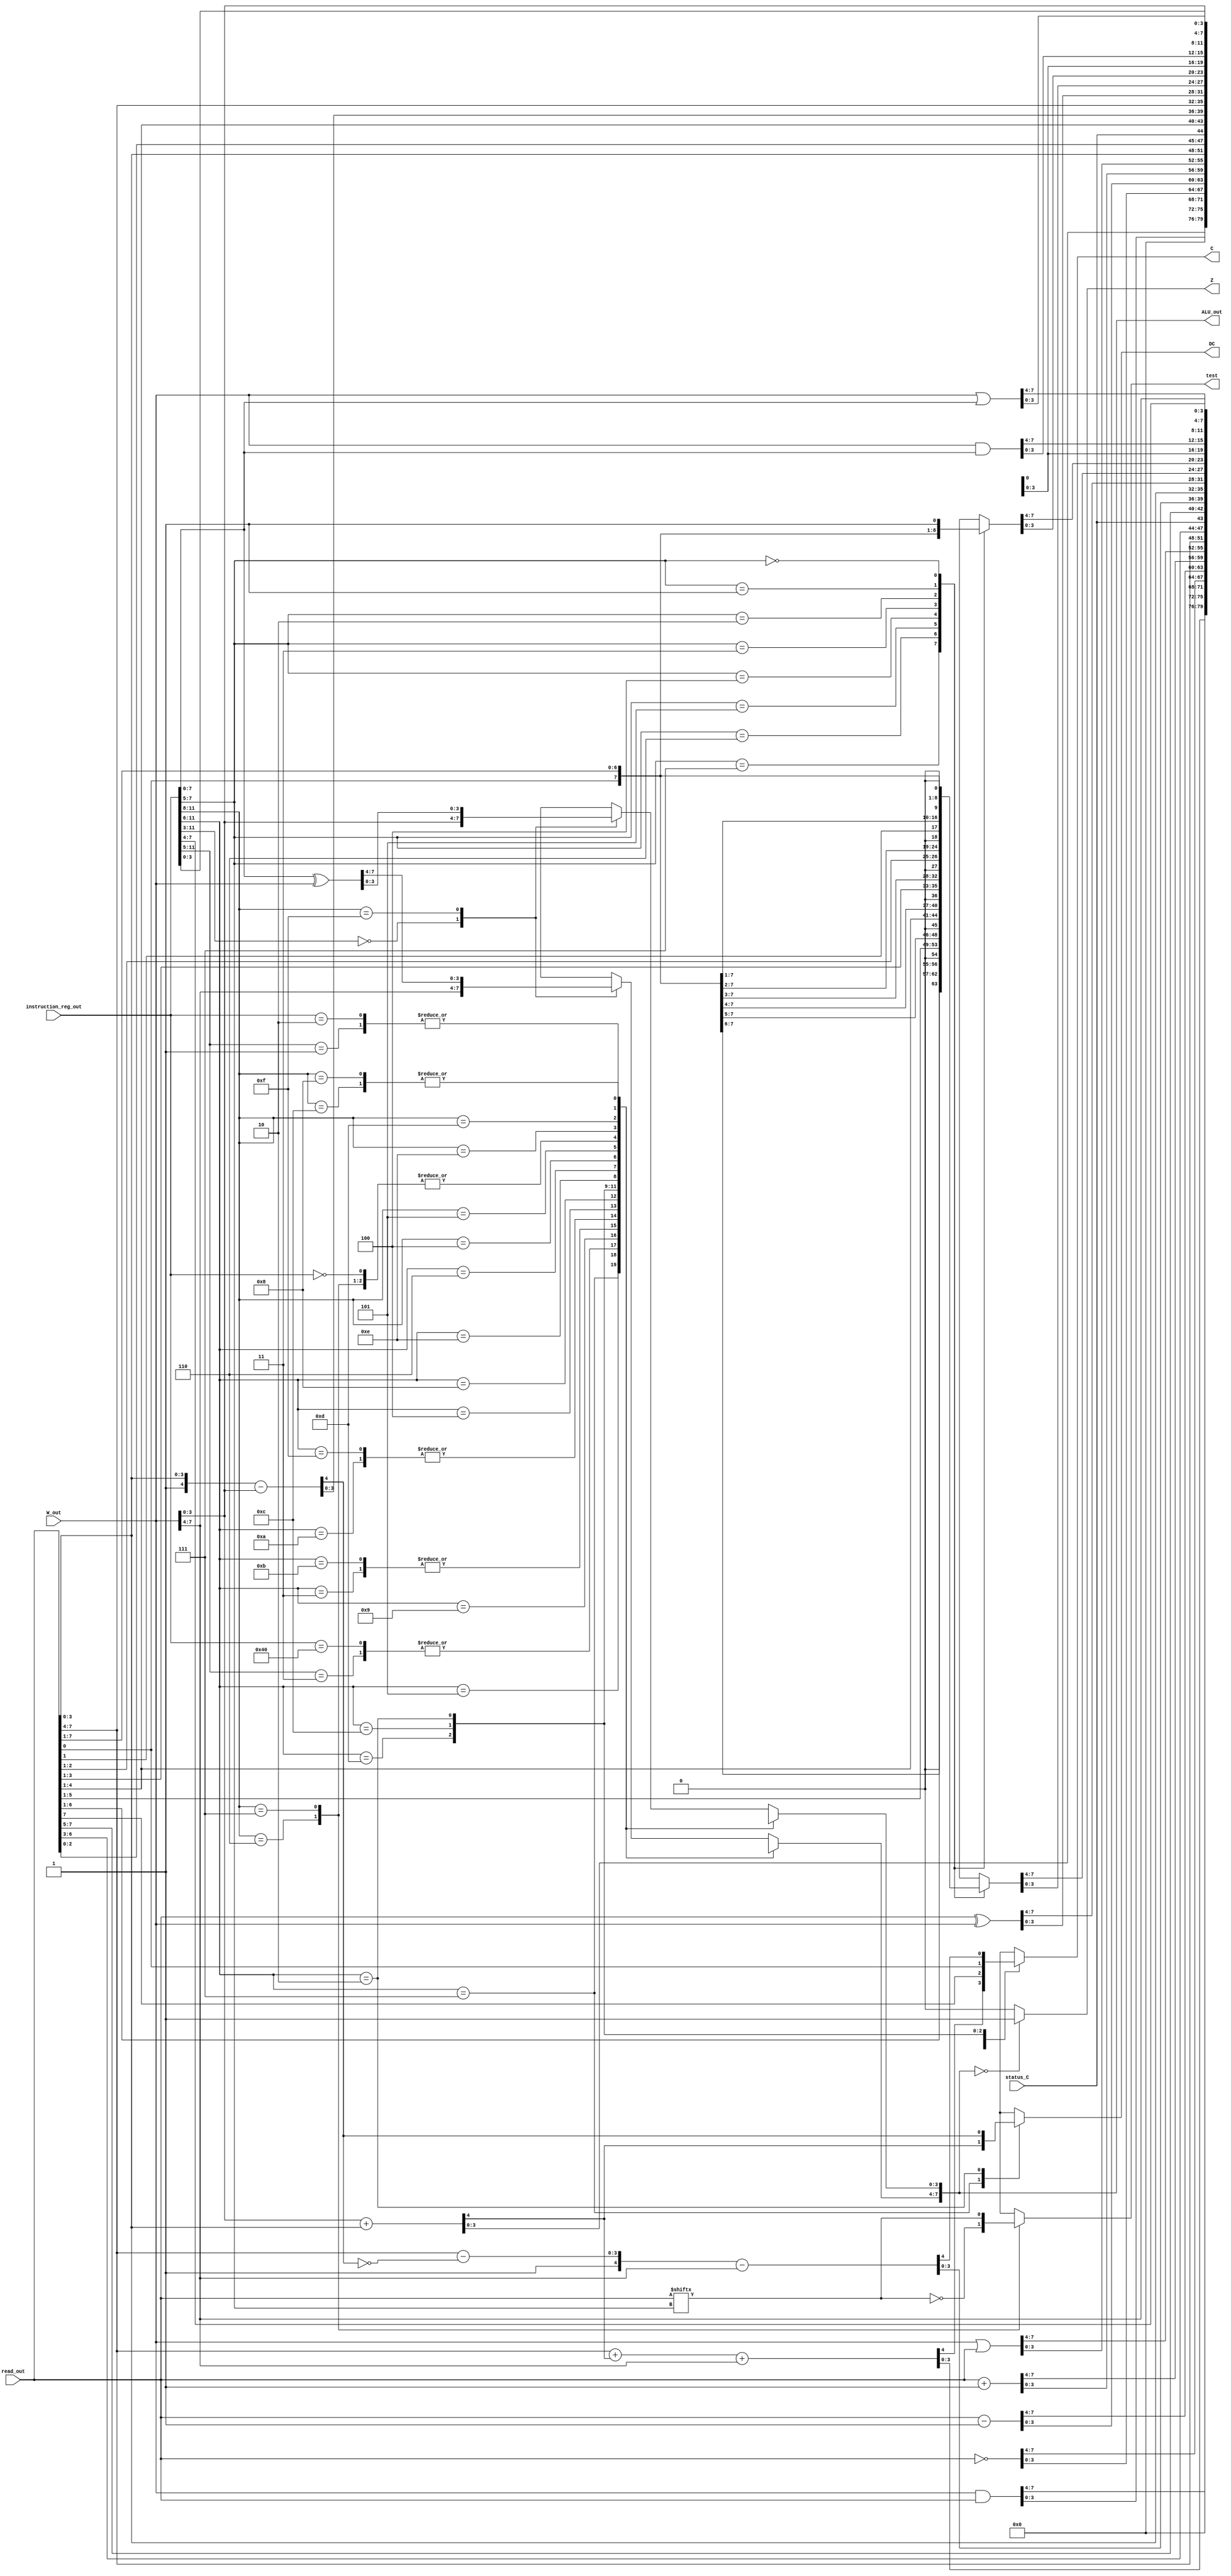
module ALU(input[7:0] W_out,
           input[7:0] read_out,
           input[11:0] instruction_reg_out,
           input status_C,
           output reg[7:0] ALU_out,
           output reg Z,DC,C,test);
       always@(*)
         casex(instruction_reg_out)
           //ADDWF
           12'b0001_11xx_xxxx:  begin
                              {DC,ALU_out[3:0]}=W_out[3:0]+read_out[3:0];
                              {C,ALU_out[7:4]}={read_out[7:4]+DC}+W_out[7:4];
                              test=1'bx;
                                end
          //ANDWF
          12'b0001_01xx_xxxx:  begin
                             ALU_out=W_out&read_out;
                             DC=1'bx;
                             C=1'bx;
                             test=1'bx;
                           end
          //CLRF
          12'b0000_011x_xxxx:  begin
                            ALU_out=8'b0;
                            test=1'bx;
                            DC=1'bx;
                            C=1'bx;
                           end
          //CLRW
          12'b0000_0100_0000:  begin
                            ALU_out=8'b0;
                            test=1'bx;
                            DC=1'bx;
                            C=1'bx;
                           end
          //COMF
          12'b0010_01xx_xxxx:  begin
                            ALU_out=~read_out;
                            test=1'bx;
                            DC=1'bx;
                            C=1'bx;
                           end
          //DECF
          12'b0000_11xx_xxxx:  begin
                            ALU_out=read_out-1;
                            test=1'bx;
                            DC=1'bx;
                            C=1'bx;
                           end
          //DECFSZ
          12'b0010_11xx_xxxx:  begin
                            ALU_out=read_out-1;
                            test=1'bx;
                            DC=1'bx;
                            C=1'bx;
                           end
          //INCF
          12'b0010_10xx_xxxx:  begin
                            ALU_out=read_out+1;
                            test=1'bx;
                            DC=1'bx;
                            C=1'bx;
                            end
         //INCFSZ
         12'b0011_11xx_xxxx:  begin 
                            ALU_out=read_out+1;
                            test=1'bx;
                            DC=1'bx;
                            C=1'bx;
                          end
        //IORWF
        12'b0001_00xx_xxxx:  begin
                           ALU_out=W_out|read_out;
                           test=1'bx;
                           DC=1'bx;
                           C=1'bx;
                         end
        //MOVF
        12'b0010_00xx_xxxx:  begin
                          ALU_out=read_out;
                          test=1'bx;
                          DC=1'bx;
                          C=1'bx;
                         end
       //MOVWF
       12'b0000_001x_xxxx: begin
                         ALU_out=W_out;
                         test=1'bx;
                         DC=1'bx;
                         C=1'bx;
                       end
       //NOP
       12'b0000_0000_0000: begin
                         ALU_out=8'bxxxx_xxxx;
                         test=1'bx;
                         DC=1'bx;
                         C=1'bx;
                       end
       //RLF
       12'b0011_01xx_xxxx: begin
                        {C,ALU_out}={read_out,status_C};
                        DC=1'bx;
                        test=1'bx;
                       end
       //RRF
       12'b0011_00xx_xxxx: begin
                        {C,ALU_out}={read_out[0],status_C,read_out[7:1]};
                        DC=1'bx;
                        test=1'bx;
                       end
      //SUBWF
      12'b0000_10xx_xxxx:  begin
                        {DC,ALU_out[3:0]}={1'b1,read_out[3:0]}-{1'b0,W_out[3:0]};
                        {C,ALU_out[7:4]}={1'b1,(read_out[7:4]-~DC)}-{1'b0,W_out[7:4]};
                        test=1'bx;
                      end
      //SWAP
      12'b0011_10xx_xxxx: begin
                        ALU_out={read_out[3:0],read_out[7:4]};
                        test=1'bx;
                        DC=1'bx;
                        C=1'bx;
                      end
      //XORWF
      12'b0001_10xx_xxxx: begin
                        ALU_out=read_out^W_out;
                        test=1'bx;
                        DC=1'bx;
                        C=1'bx;
                      end
      //BCF
      12'b0100_xxxx_xxxx: begin
                          case(instruction_reg_out[7:5])
	                  3'b111: ALU_out={1'b0,read_out[6:0]};
                          3'b110: ALU_out={read_out[7],1'b0,read_out[5:0]};
                          3'b101: ALU_out={read_out[7:6],1'b0,read_out[4:0]};
                          3'b100: ALU_out={read_out[7:5],1'b0,read_out[3:0]};
                          3'b011: ALU_out={read_out[7:4],1'b0,read_out[2:0]};
                          3'b010: ALU_out={read_out[7:3],1'b0,read_out[1:0]};
                          3'b001: ALU_out={read_out[7:2],1'b0,read_out[0]};
                          3'b000: ALU_out={read_out[7:1],1'b0};
                          default: ALU_out=read_out;
                          endcase
                        test=1'bx;
                        DC=1'bx;
                        C=1'bx;
                      end
       //BSF
       12'b0101_xxxx_xxxx: begin
                        case(instruction_reg_out[7:5])
	                  3'b111: ALU_out={1'b1,read_out[6:0]};
                          3'b110: ALU_out={read_out[7],1'b1,read_out[5:0]};
                          3'b101: ALU_out={read_out[7:6],1'b1,read_out[4:0]};
                          3'b100: ALU_out={read_out[7:5],1'b1,read_out[3:0]};
                          3'b011: ALU_out={read_out[7:4],1'b1,read_out[2:0]};
                          3'b010: ALU_out={read_out[7:3],1'b1,read_out[1:0]};
                          3'b001: ALU_out={read_out[7:2],1'b1,read_out[0]};
                          3'b000: ALU_out={read_out[7:1],1'b1};
                          default: ALU_out=read_out;
                          endcase
                        test=1'bx;
                        DC=1'bx;
                        C=1'bx;
                       end
       //BTFSC
       12'b0110_xxxx_xxxx:  begin
                          ALU_out=8'bxxxx_xxxx;
                          test=~read_out[instruction_reg_out[7:5]];
                          DC=1'bx;
                          C=1'bx;
                        end
       //BTFSS
       12'b0111_xxxx_xxxx: begin
                         ALU_out=8'bxxxx_xxxx;
                         test=read_out[instruction_reg_out[7:5]];
                         DC=1'bx;
                         C=1'bx;
                       end
       //ANDLW
       12'b1110_xxxx_xxxx: begin
                          ALU_out=W_out&instruction_reg_out[7:0];
                          DC=1'bx;
                          C=1'bx;
                          test=1'bx;
                        end
       //IORLW
       12'b1101_xxxx_xxxx:  begin 
                          ALU_out=W_out|instruction_reg_out[7:0];
                          DC=1'bx;
                          C=1'bx;
                          test=1'bx;
                        end
       //MOVLW
       12'b1100_xxxx_xxxx: begin
                         ALU_out=instruction_reg_out[7:0];
                         DC=1'bx;
                         C=1'bx;
                         test=1'bx;
                       end
       //OPTION
       12'b0000_0000_0010: begin
                         ALU_out=W_out;
                         DC=1'bx;
                         C=1'bx;
                         test=1'bx;
                       end
       //RETLW
       12'b1000_xxxx_xxxx: begin
                         ALU_out=instruction_reg_out[7:0];
                         DC=1'bx;
                         C=1'bx;
                         test=1'bx;
                       end
       //TRIS
       12'b0000_0000_0xxx: begin
                         ALU_out=W_out;
                         DC=1'bx;
                         C=1'bx;
                         test=1'bx;
                       end
      //XORLW
      12'b1111_xxxx_xxxx: begin
                        ALU_out=instruction_reg_out[7:0]^W_out;
                        DC=1'bx;
                        C=1'bx;
                        test=1'bx;
                      end
      default:        begin
                        ALU_out=8'bxxxx_xxxx;
                        DC=1'bx;
                        C=1'bx;
                        test=1'bx;
                      end
     endcase

  always@(ALU_out)
    if(ALU_out==8'b0)
      Z=1'b1;
    else
      Z=1'b0;
endmodule